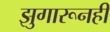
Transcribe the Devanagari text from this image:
झुगारूनही